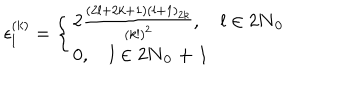
\epsilon _ { l } ^ { ( k ) } = \left\{ \left\{ \begin{cases} { { 2 \frac { ( 2 l + 2 k + 1 ) ( l + 1 ) _ { 2 k } } { ( k ! ) ^ { 2 } } , \quad l \in 2 \bf { N } _ { 0 } } } \\ { { 0 , \quad l \in 2 \bf { N } _ { 0 } + 1 } } \\ \end{cases} \right. \right.